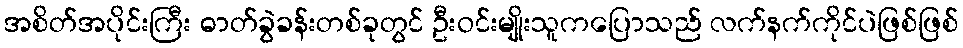
အစိတ်အပိုင်းကြီး ဓာတ်ခွဲခန်းတစ်ခုတွင် ဦးဝင်းမျိုးသူကပြောသည် လက်နက်ကိုင်ပဲဖြစ်ဖြစ်